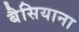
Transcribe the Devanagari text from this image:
बैसियाना